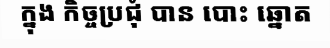
ក្នុង កិច្ចប្រជុំ បាន បោះ ឆ្នោត